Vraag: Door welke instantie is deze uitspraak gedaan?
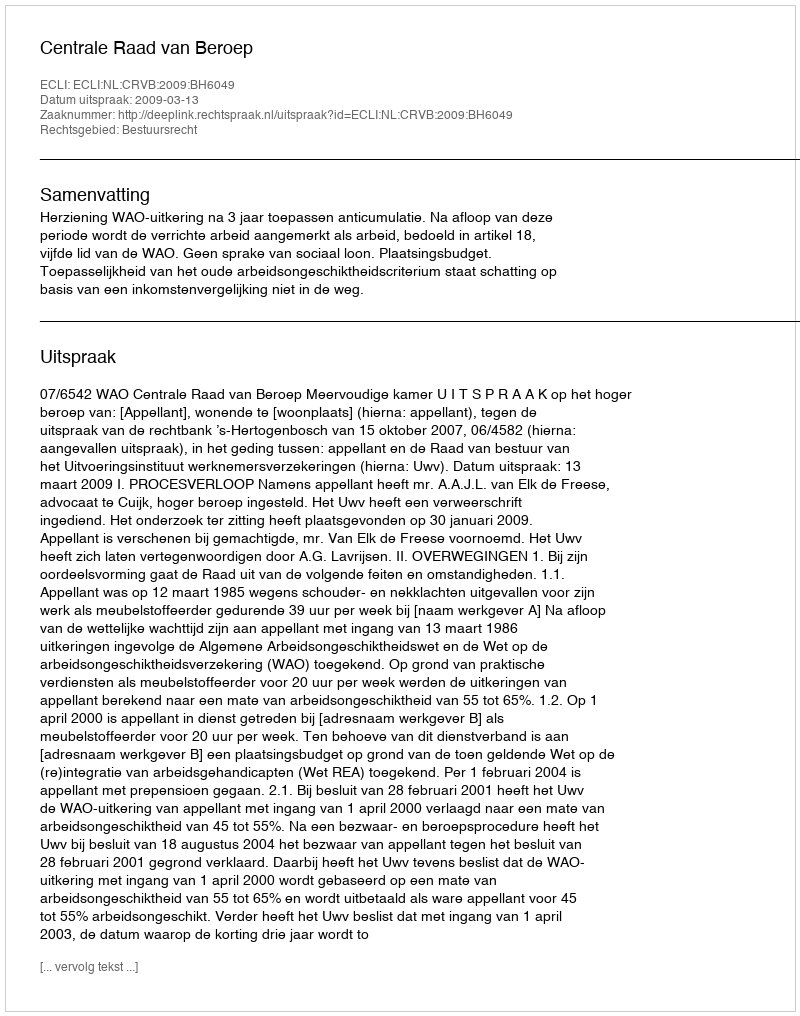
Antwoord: Centrale Raad van Beroep